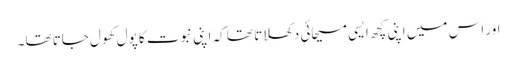
اور اس میں اپنی کچھ ایسی مسیحائی دکھلاتا تھا کہ اپنی نبوت کا پول کھول جاتا تھا۔